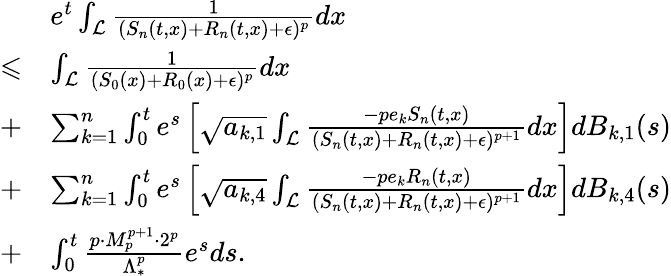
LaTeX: \begin{array}{rl}&{e^{t}\int_{\mathcal{L}}\frac{1}{(S_{n}(t,x)+R_{n}(t,x)+\epsilon)^{p}}dx}\\ {\leqslant}&{\int_{\mathcal{L}}\frac{1}{(S_{0}(x)+R_{0}(x)+\epsilon)^{p}}dx}\\ {+}&{\sum_{k=1}^{n}\int_{0}^{t}e^{s}\left[\sqrt{a_{k,1}}\int_{\mathcal{L}}\frac{-pe_{k}S_{n}(t,x)}{(S_{n}(t,x)+R_{n}(t,x)+\epsilon)^{p+1}}dx\right]dB_{k,1}(s)}\\ {+}&{\sum_{k=1}^{n}\int_{0}^{t}e^{s}\left[\sqrt{a_{k,4}}\int_{\mathcal{L}}\frac{-pe_{k}R_{n}(t,x)}{(S_{n}(t,x)+R_{n}(t,x)+\epsilon)^{p+1}}dx\right]dB_{k,4}(s)}\\ {+}&{\int_{0}^{t}\frac{p\cdot M_{p}^{p+1}\cdot 2^{p}}{\Lambda_{*}^{p}}e^{s}ds.}\end{array}